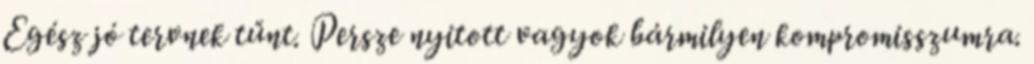
Egész jó tervnek tűnt. Persze nyitott vagyok bármilyen kompromisszumra.